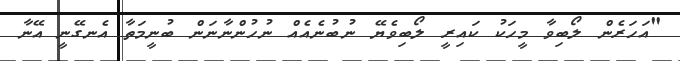
"އަހަރެން ލޯބިވާ މީހަކު ކައިރީ ލޯބިވެޔޭ ނުބުނެއެއް ނުހުންނާނަން ބުނީމަތާ އެނގޭނީ އޭނާ